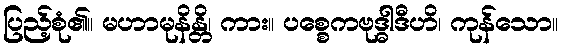
ပြည့်စုံ၏။ မဟာမုနိန္တိ၊ ကား။ ပစ္စေကဗုဒ္ဓါဒီဟိ၊ ကုန်သော။